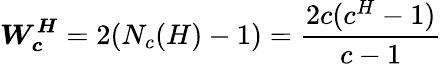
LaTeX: \boldsymbol{W_{c}^{H}}=2(N_{c}(H)-1)=\frac{2c(c^{H}-1)}{c-1}